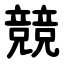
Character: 競